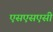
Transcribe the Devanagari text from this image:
एसएसएसी